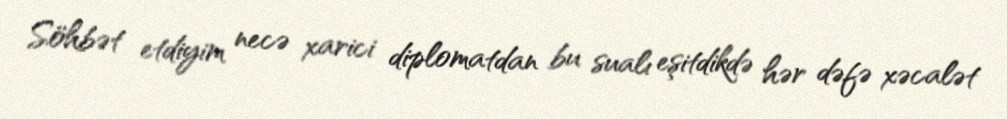
Söhbət etdiyim necə xarici diplomatdan bu sualı eşitdikdə hər dəfə xəcalət